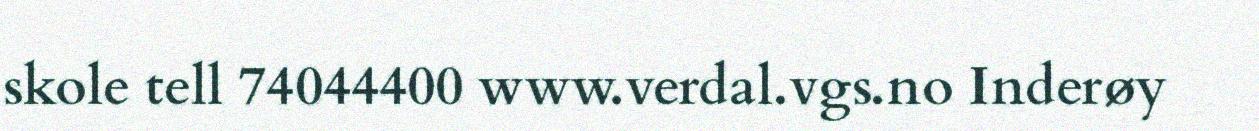
skole tell 74044400 www.verdal.vgs.no Inderøy